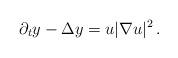
LaTeX: \begin{align*}\partial _ty-\Delta y=u|\nabla u|^2\,.\end{align*}